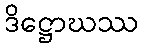
ဒိဋ္ဌောဃဿ